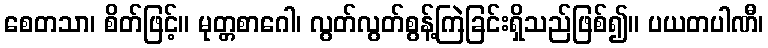
စေတသာ၊ စိတ်ဖြင့်။ မုတ္တစာဂေါ၊ လွတ်လွတ်စွန့်ကြဲခြင်းရှိသည်ဖြစ်၍။ ပယတပါဏီ၊